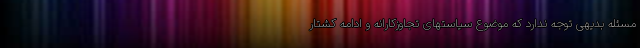
مسئله بدیهی توجه ندارد که موضوع سیاستهای تجاوزکارانه و ادامه کشتار